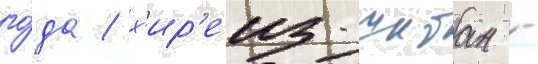
го́да / х'ир'еиз-шибан -